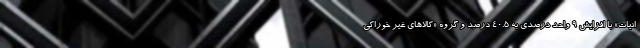
انیات» با افزایش ۹ واحد درصدی به ۴٠.۵ درصد و گروه «کالاهای غیر خوراکی